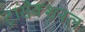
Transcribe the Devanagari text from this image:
ट्रांसैक्शनल